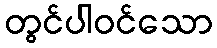
တွင်ပါဝင်သော